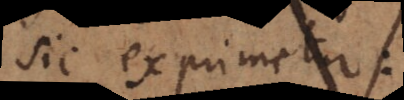
sic exprimetur